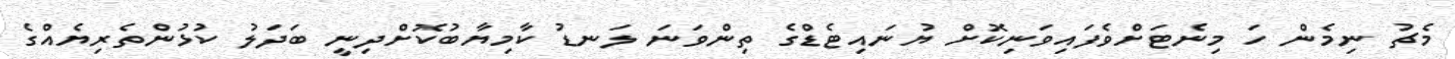
މެޗު ނިމެން ހަ މިނެޓަށްވެފައިވަނިކޮށް ޔުނައިޓެޑްގެ ތިންވަނަ ލަނޑު ކާމިޔާބުކޮށްދިނީ ބަދަލު ކުޅުންތެރިޔެއްގެ